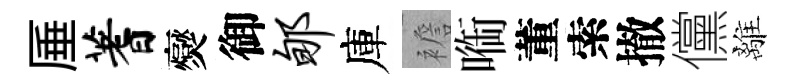
厜蓍爕御郇庫襜㗸董索撤儻離